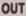
OUT